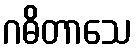
ဂဓိတာသေ